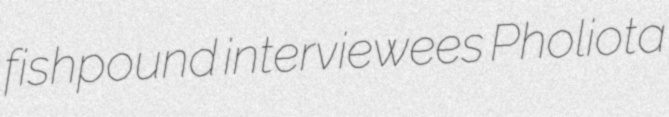
fishpound interviewees Pholiota